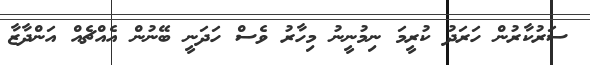
ސަރުކާރުން ހަރަދު ކުރީމަ ނިމުނީނު މިހާރު ވެސް ހަދަނީ ބޭނުން އެއްޗެއް އަންދާޒާ